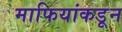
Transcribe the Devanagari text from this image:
माफियांकडून